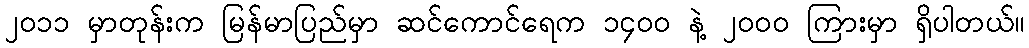
၂၀၁၁ မှာတုန်းက မြန်မာပြည်မှာ ဆင်ကောင်ရေက ၁၄၀၀ နဲ့ ၂၀၀၀ ကြားမှာ ရှိပါတယ်။